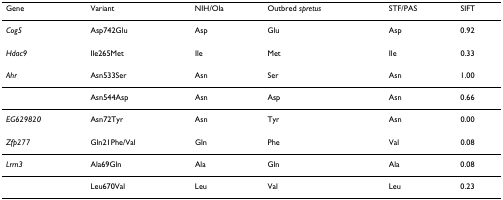
<table><thead><tr><td><b>Gene</b></td><td><b>Variant</b></td><td><b>NIH/Ola</b></td><td><b>Outbred <i>spretus</i></b></td><td><b>STF/PAS</b></td><td><b>SIFT</b></td></tr></thead><tbody><tr><td><i>Cog5</i></td><td>Asp742Glu</td><td>Asp</td><td>Glu</td><td>Asp</td><td>0.92</td></tr><tr><td><i>Hdac9</i></td><td>Ile265Met</td><td>Ile</td><td>Met</td><td>Ile</td><td>0.33</td></tr><tr><td><i>Ahr</i></td><td>Asn533Ser</td><td>Asn</td><td>Ser</td><td>Asn</td><td>1.00</td></tr><tr><td></td><td>Asn544Asp</td><td>Asn</td><td>Asp</td><td>Asn</td><td>0.66</td></tr><tr><td><i>EG629820</i></td><td>Asn72Tyr</td><td>Asn</td><td>Tyr</td><td>Asn</td><td>0.00</td></tr><tr><td><i>Zfp277</i></td><td>Gln21Phe/Val</td><td>Gln</td><td>Phe</td><td>Val</td><td>0.08</td></tr><tr><td><i>Lrrn3</i></td><td>Ala69Gln</td><td>Ala</td><td>Gln</td><td>Ala</td><td>0.08</td></tr><tr><td></td><td>Leu670Val</td><td>Leu</td><td>Val</td><td>Leu</td><td>0.23</td></tr></tbody></table>